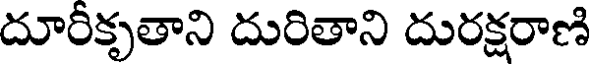
దూరీకృతాని దురితాని దురక్షరాణి